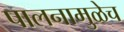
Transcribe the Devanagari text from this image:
पालनामुळेच